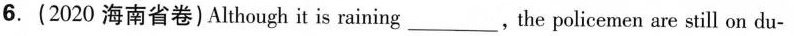
6.(2020 海南省卷)Although it is raining_,the policemen are still on du-